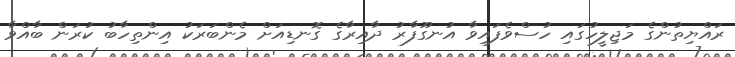
ރައްޔިތުންގެ މަޖިލީހުގައި ހުސްވެފައިވާ އުނގޫފާރު ދާއިރާގެ ގޮނޑިއަށް މެންބަރަކު އިންތިހާބު ކުރަން ބާއްވާ